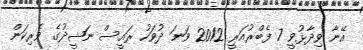
އޭނާ ވިދާޅުވީ 7 ފެބްރުއަރީ 2012 ވަނަ ދުވަހު ރައީސް ނަޝީދުގެ ވެރިކަން